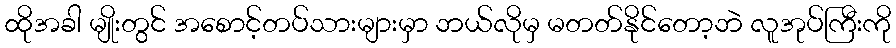
ထိုအခါ မျိုးတွင် အစောင့်တပ်သားများမှာ ဘယ်လိုမှ မတတ်နိုင်တော့ဘဲ လူအုပ်ကြီးကို